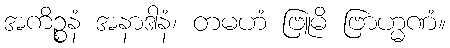
အကိဉ္စနံ အနာဒါနံ၊ တမဟံ ဗြူမိ ဗြာဟ္မဏံ။